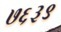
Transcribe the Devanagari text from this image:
७६३९